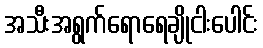
အသီးအရွက်ရောရေချိုငါးပေါင်း